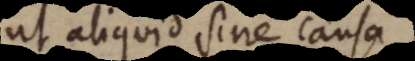
ut aliquid sine causa